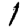
Digit: 1